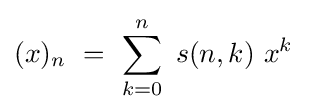
(x)_{n}\ =\ \sum _{k=0}^{n}\ s(n,k)\ x^{k}\